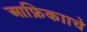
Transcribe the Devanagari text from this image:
आफ्रिकााचे